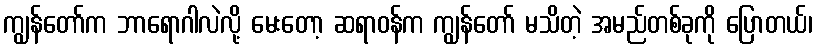
ကျွန်တော်က ဘာရောဂါလဲလို့ မေးတော့ ဆရာဝန်က ကျွန်တော် မသိတဲ့ အမည်တစ်ခုကို ပြောတယ်၊